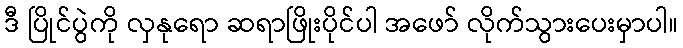
ဒီ ပြိုင်ပွဲကို လှနုရော ဆရာဖြိုးပိုင်ပါ အဖော် လိုက်သွားပေးမှာပါ။